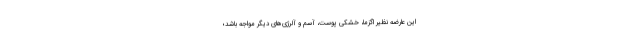
این عارضه نظیر اگزما، خشکی پوست، آسم و آلرژی‌های دیگر مواجه باشد؛